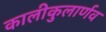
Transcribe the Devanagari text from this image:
कालीकुलार्णव